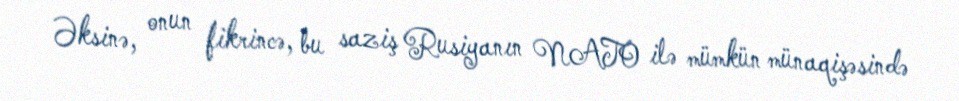
Əksinə, onun fikrincə, bu saziş Rusiyanın NATO ilə mümkün münaqişəsində